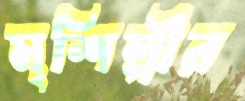
মৃশিল্পীর